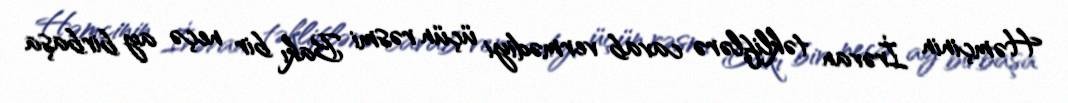
Həmçinin İrəvan təkliflərə cavab vermədiyi üçün rəsmi Bakı bir neçə ay birbaşa